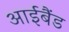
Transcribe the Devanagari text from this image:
आईबैंड